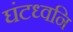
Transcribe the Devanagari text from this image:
घंटध्वनि